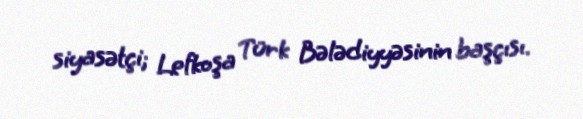
siyasətçi; Lefkoşa Türk Bələdiyyəsinin başçısı.